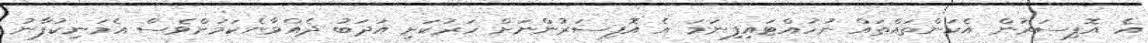
އެ އޮފިސަރުން އެކަންތައްތައް ނުހުއްޓައިފިނަމަ އެ އޮފިސަރުންނަށް ހަރުކަށި އަދަބު ދެއްވާނެކަމަށްވެސް އެމަނިކުފާނު